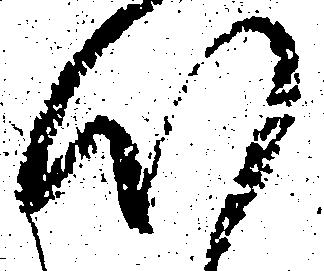
心